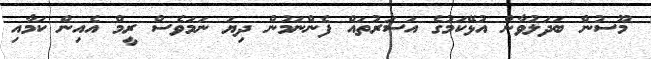
މޫސުން ބަދަލުވާން އުޅޭކަމުގެ އަސަރުތައް ފެންނަމުން ދިޔަ ނަމަވެސް ރީމް އެއިން ކަމާއި